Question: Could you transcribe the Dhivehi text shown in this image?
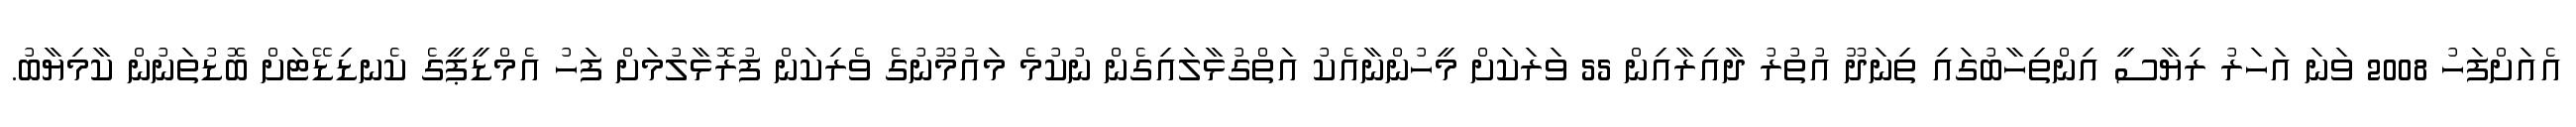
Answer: އެއަށްފަހު 2008 ވަނަ އަހަރު ރިޔާސީ އިންތިހާބުގައި ތިނަދޫ އުތުރު ދާއިރާއިން 55 ވަރަކަށް މީހުންނާއެކު އަތްގުޅާލައިގެން ނުކުމެ މައުމޫނުގެ ވެރިކަން ފުރޮޅާލުމަށް ފަހު އެމްޑީޕީގެ ކެނޑިޑޭޓަށް ބޮޑުތަނުން ކާމިޔާބު.